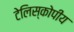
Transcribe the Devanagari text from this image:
टेलिस्कोपीय